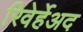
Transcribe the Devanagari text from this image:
रिवेर्हेअद